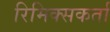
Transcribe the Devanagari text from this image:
रिमिक्सकर्ता